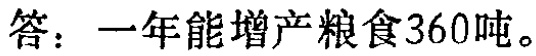
答：一年能增产粮食360吨。